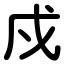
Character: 戍